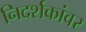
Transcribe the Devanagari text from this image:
निदर्शकांवर